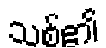
သစ်၏